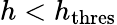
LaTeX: h<h_{\mathrm{thres}}